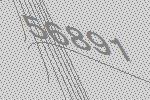
56891